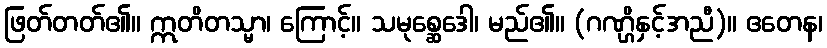
ဖြတ်တတ်၏။ ဣတိတသ္မာ၊ ကြောင့်။ သမုစ္ဆေဒေါ၊ မည်၏။ (ဂဏ္ဌိနှင့်အညီ)။ ဧတေန၊